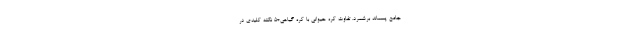
جامع پسماند برشمرد. تفاوت کره حیوانی با کره گیاهی+5 نکته کلیدی در